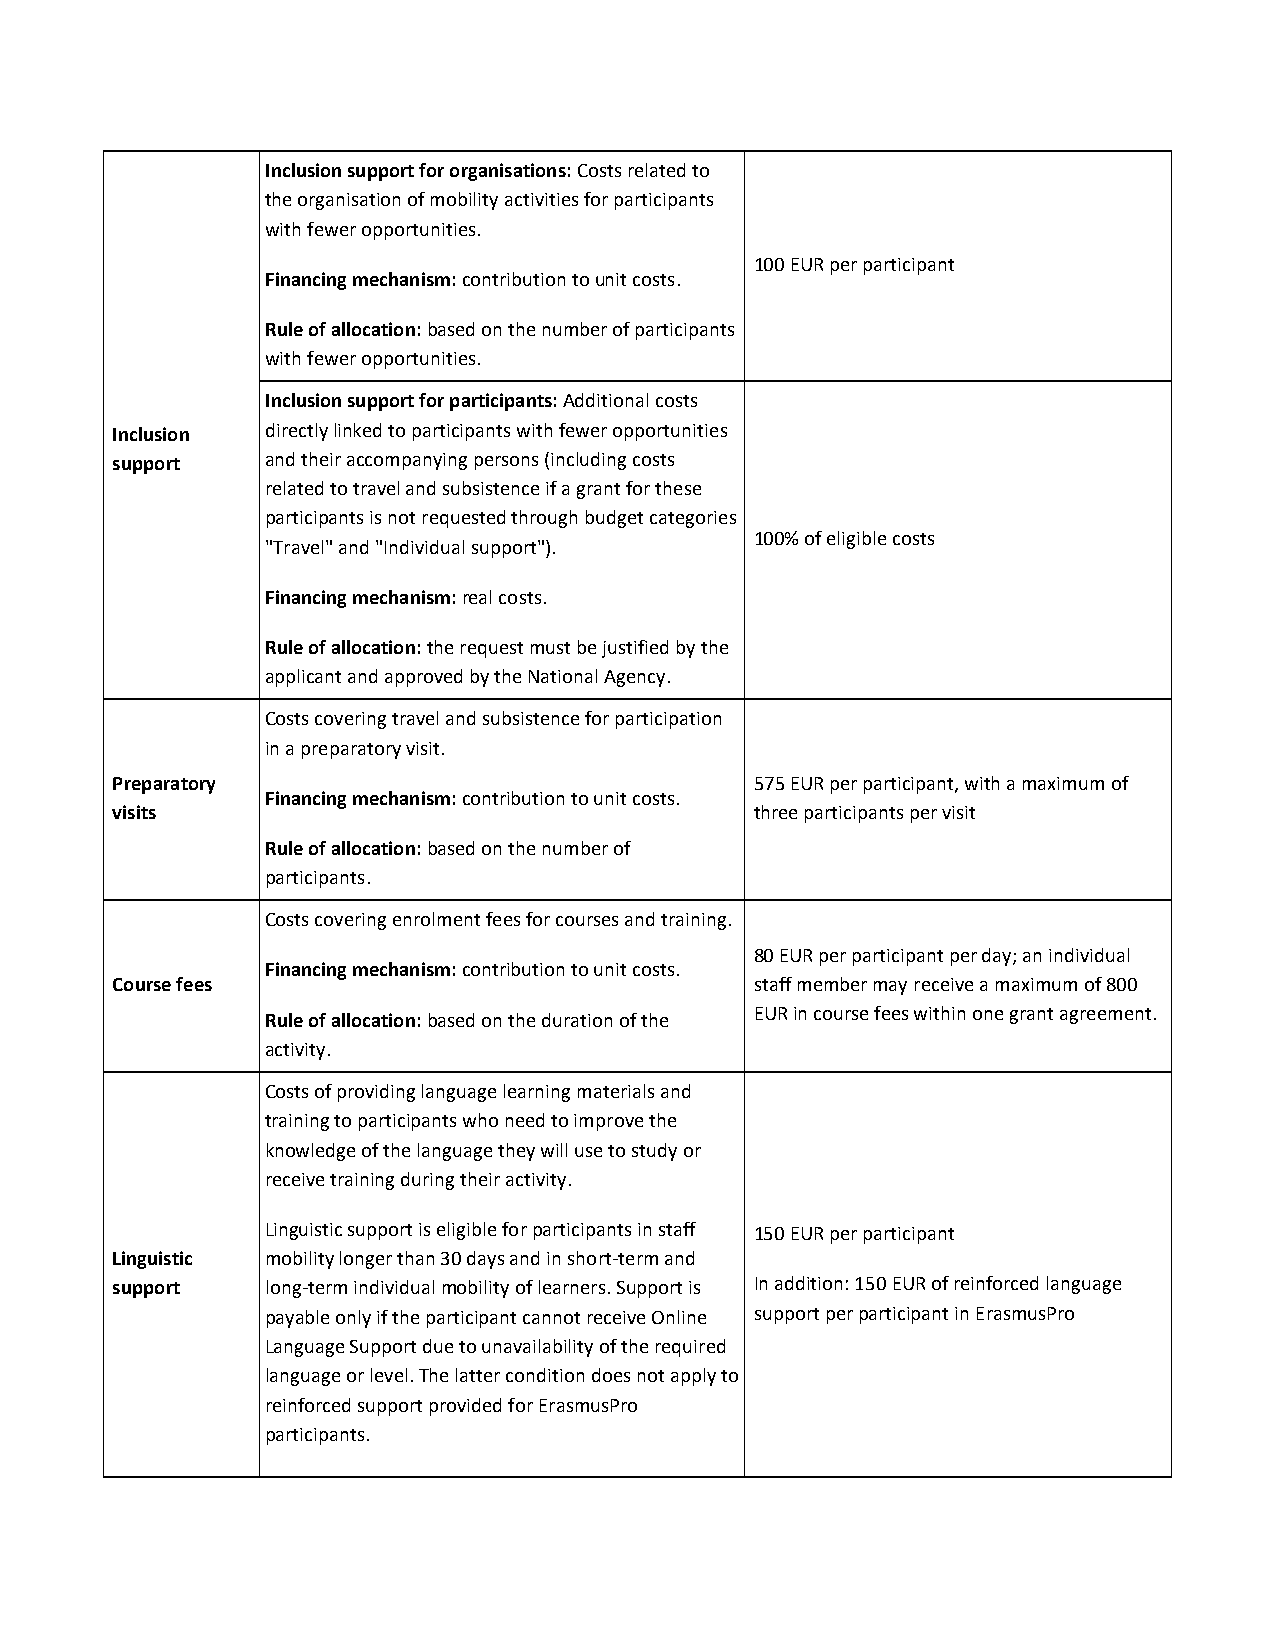
Inclusion support for organisations: Costs related to
 the organisation of mobility activities for participants
 with fewer opportunities.
 100 EUR per participant
 Financing mechanism: contribution to unit costs.
 Rule of allocation: based on the number of participants
 with fewer opportunities.
 Inclusion support for participants: Additional costs
 Inclusion  directly linked to participants with fewer opportunities
 support    and their accompanying persons (including costs
 related to travel and subsistence if a grant for these
 participants is not requested through budget categories
 100% of eligible costs
 "Travel" and "Individual support").
 Financing mechanism: real costs.
 Rule of allocation: the request must be justified by the
 applicant and approved by the National Agency.
 Costs covering travel and subsistence for participation
 in a preparatory visit.
 Preparatory                                575 EUR per participant, with a maximum of
 Financing mechanism: contribution to unit costs.
 visits                                     three participants per visit
 Rule of allocation: based on the number of
 participants.
 Costs covering enrolment fees for courses and training.
 80 EUR per participant per day; an individual
 Financing mechanism: contribution to unit costs.
 Course fees                                staff member may receive a maximum of 800
 Rule of allocation: based on the duration of the EUR in course fees within one grant agreement.
 activity.
 Costs of providing language learning materials and
 training to participants who need to improve the
 knowledge of the language they will use to study or
 receive training during their activity.
 Linguistic support is eligible for participants in staff 150 EUR per participant
 Linguistic mobility longer than 30 days and in short-term and
 support    long-term individual mobility of learners. Support is In addition: 150 EUR of reinforced language
 payable only if the participant cannot receive Online support per participant in ErasmusPro
 Language Support due to unavailability of the required
 language or level. The latter condition does not apply to
 reinforced support provided for ErasmusPro
 participants.